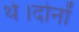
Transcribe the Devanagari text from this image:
थे।दोनों